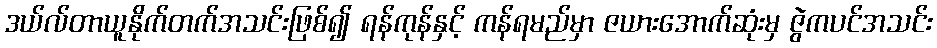
ဒယ်လ်တာယူနိုက်တက်အသင်းဖြစ်၍ ရန်ကုန်နှင့် ကန်ရမည်မှာ ဇယားအောက်ဆုံးမှ ဇွဲကပင်အသင်း